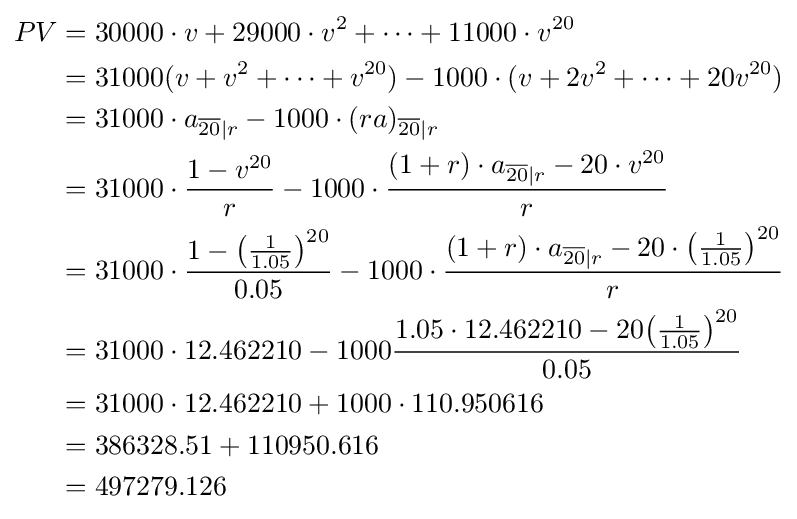
{\begin{aligned}PV&={30000}\cdot v+{29000}\cdot v^{2}+\cdots +{11000}\cdot v^{20}\\&={31000}(v+v^{2}+\cdots +v^{20})-{1000}\cdot (v+2v^{2}+\cdots +20v^{20})\\&={31000}\cdot a_{{\overline {20}}|r}-1000\cdot (ra)_{{\overline {20}}|r}\\&={31000}\cdot {\frac {1-v^{20}}{r}}-{1000}\cdot {\frac {(1+r)\cdot a_{{\overline {20}}|r}-20\cdot v^{20}}{r}}\\&={31000}\cdot {\frac {1-{\left({\frac {1}{1.05}}\right)}^{20}}{0.05}}-1000\cdot {\frac {(1+r)\cdot a_{{\overline {20}}|r}-20\cdot {\left({\frac {1}{1.05}}\right)}^{20}}{r}}\\&={31000}\cdot {12.462210}-1000{\frac {1.05\cdot {12.462210}-20{\left({\frac {1}{1.05}}\right)}^{20}}{0.05}}\\&=31000\cdot 12.462210+1000\cdot 110.950616\\&=386328.51+110950.616\\&=497279.126\end{aligned}}